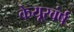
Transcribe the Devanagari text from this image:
केयूरवंर्ष